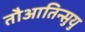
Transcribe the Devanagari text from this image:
तौआतिन्सुयु